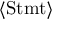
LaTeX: \langle { \mathrm { S t m t } } \rangle